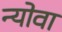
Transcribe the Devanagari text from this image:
न्योवा